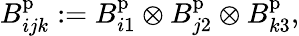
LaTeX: B_{ijk}^{\mathrm{p}}:=B_{i1}^{\mathrm{p}}\otimes B_{j2}^{\mathrm{p}}\otimes B_{k3}^{\mathrm{p}},